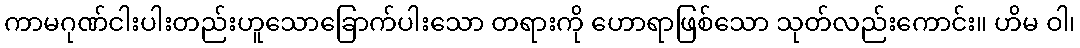
ကာမဂုဏ်ငါးပါးတည်းဟူသောခြောက်ပါးသော တရားကို ဟောရာဖြစ်သော သုတ်လည်းကောင်း။ ဟိမ ဝါ၊